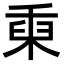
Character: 𥟅